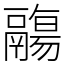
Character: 鬺